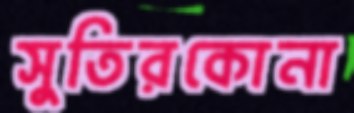
সুতিরকোনা